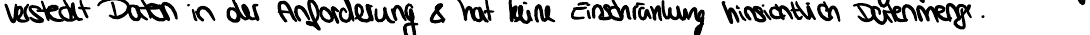
versteckt Daten in der Anforderung & hat keine Einschränkung hinsichtlich Datenmenge